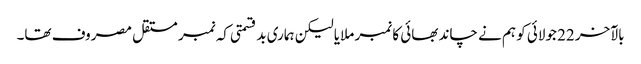
بالآخر 22 جولائی کو ہم نے چاند بھائی کا نمبر ملایا لیکن ہماری بدقسمتی کہ نمبر مستقل مصروف تھا۔